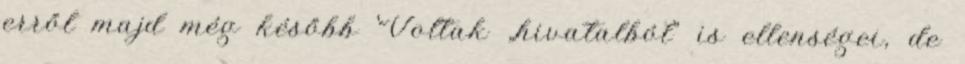
erről majd még később Voltak „hivatalból” is ellenségei, de